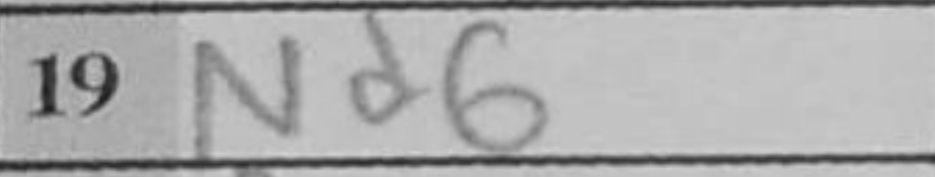
Transcription: Nd6